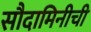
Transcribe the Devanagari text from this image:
सौदामिनीची